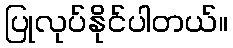
ပြုလုပ်နိုင်ပါတယ်။